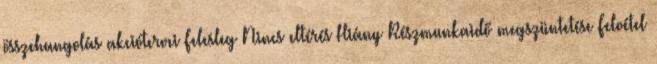
összehangolás akciótervei Felesleg Nincs eltérés Hiány Részmunkaidő megszüntetése Felvétel